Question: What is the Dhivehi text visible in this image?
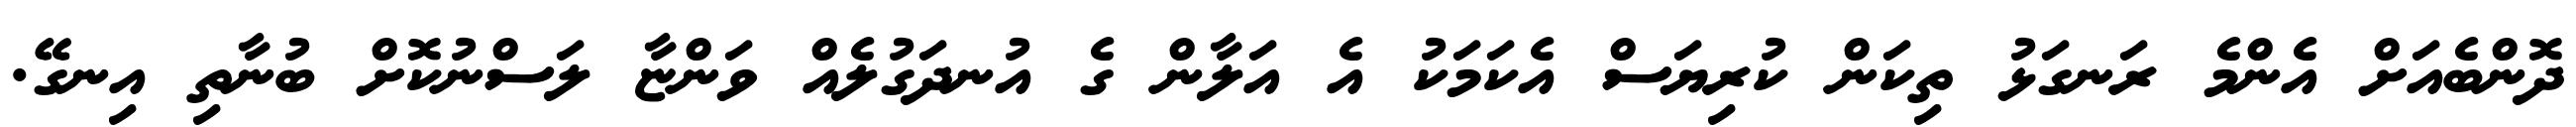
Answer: ދޮންބެއަށް އެންމެ ރަނގަޅު ތިކަން ކުރިޔަސް އެކަމަކު އެ އަލާން ގެ އުނދަގުލެއް ވަންޏާ ލަސްނުކޮށް ބުނާތި އިނގޭ.